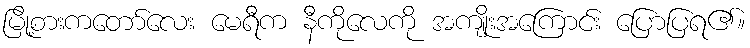
မြို့စားကတော်လေး မေရီက နီကိုလေကို အကျိုးအကြောင်း ပြောပြရ၏။